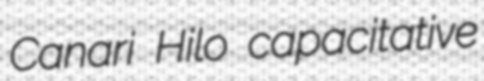
Canari Hilo capacitative